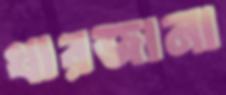
খারজানা